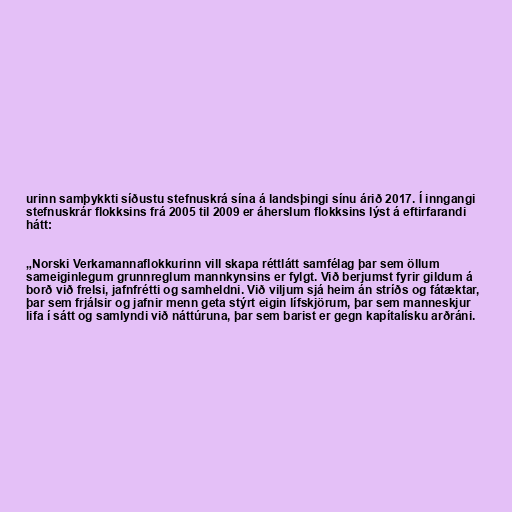
urinn samþykkti síðustu stefnuskrá sína á landsþingi sínu árið 2017. Í inngangi
stefnuskrár flokksins frá 2005 til 2009 er áherslum flokksins lýst á eftirfarandi
hátt:

„Norski Verkamannaflokkurinn vill skapa réttlátt samfélag þar sem öllum
sameiginlegum grunnreglum mannkynsins er fylgt. Við berjumst fyrir gildum á
borð við frelsi, jafnfrétti og samheldni. Við viljum sjá heim án stríðs og fátæktar,
þar sem frjálsir og jafnir menn geta stýrt eigin lífskjörum, þar sem manneskjur
lifa í sátt og samlyndi við náttúruna, þar sem barist er gegn kapítalísku arðráni.